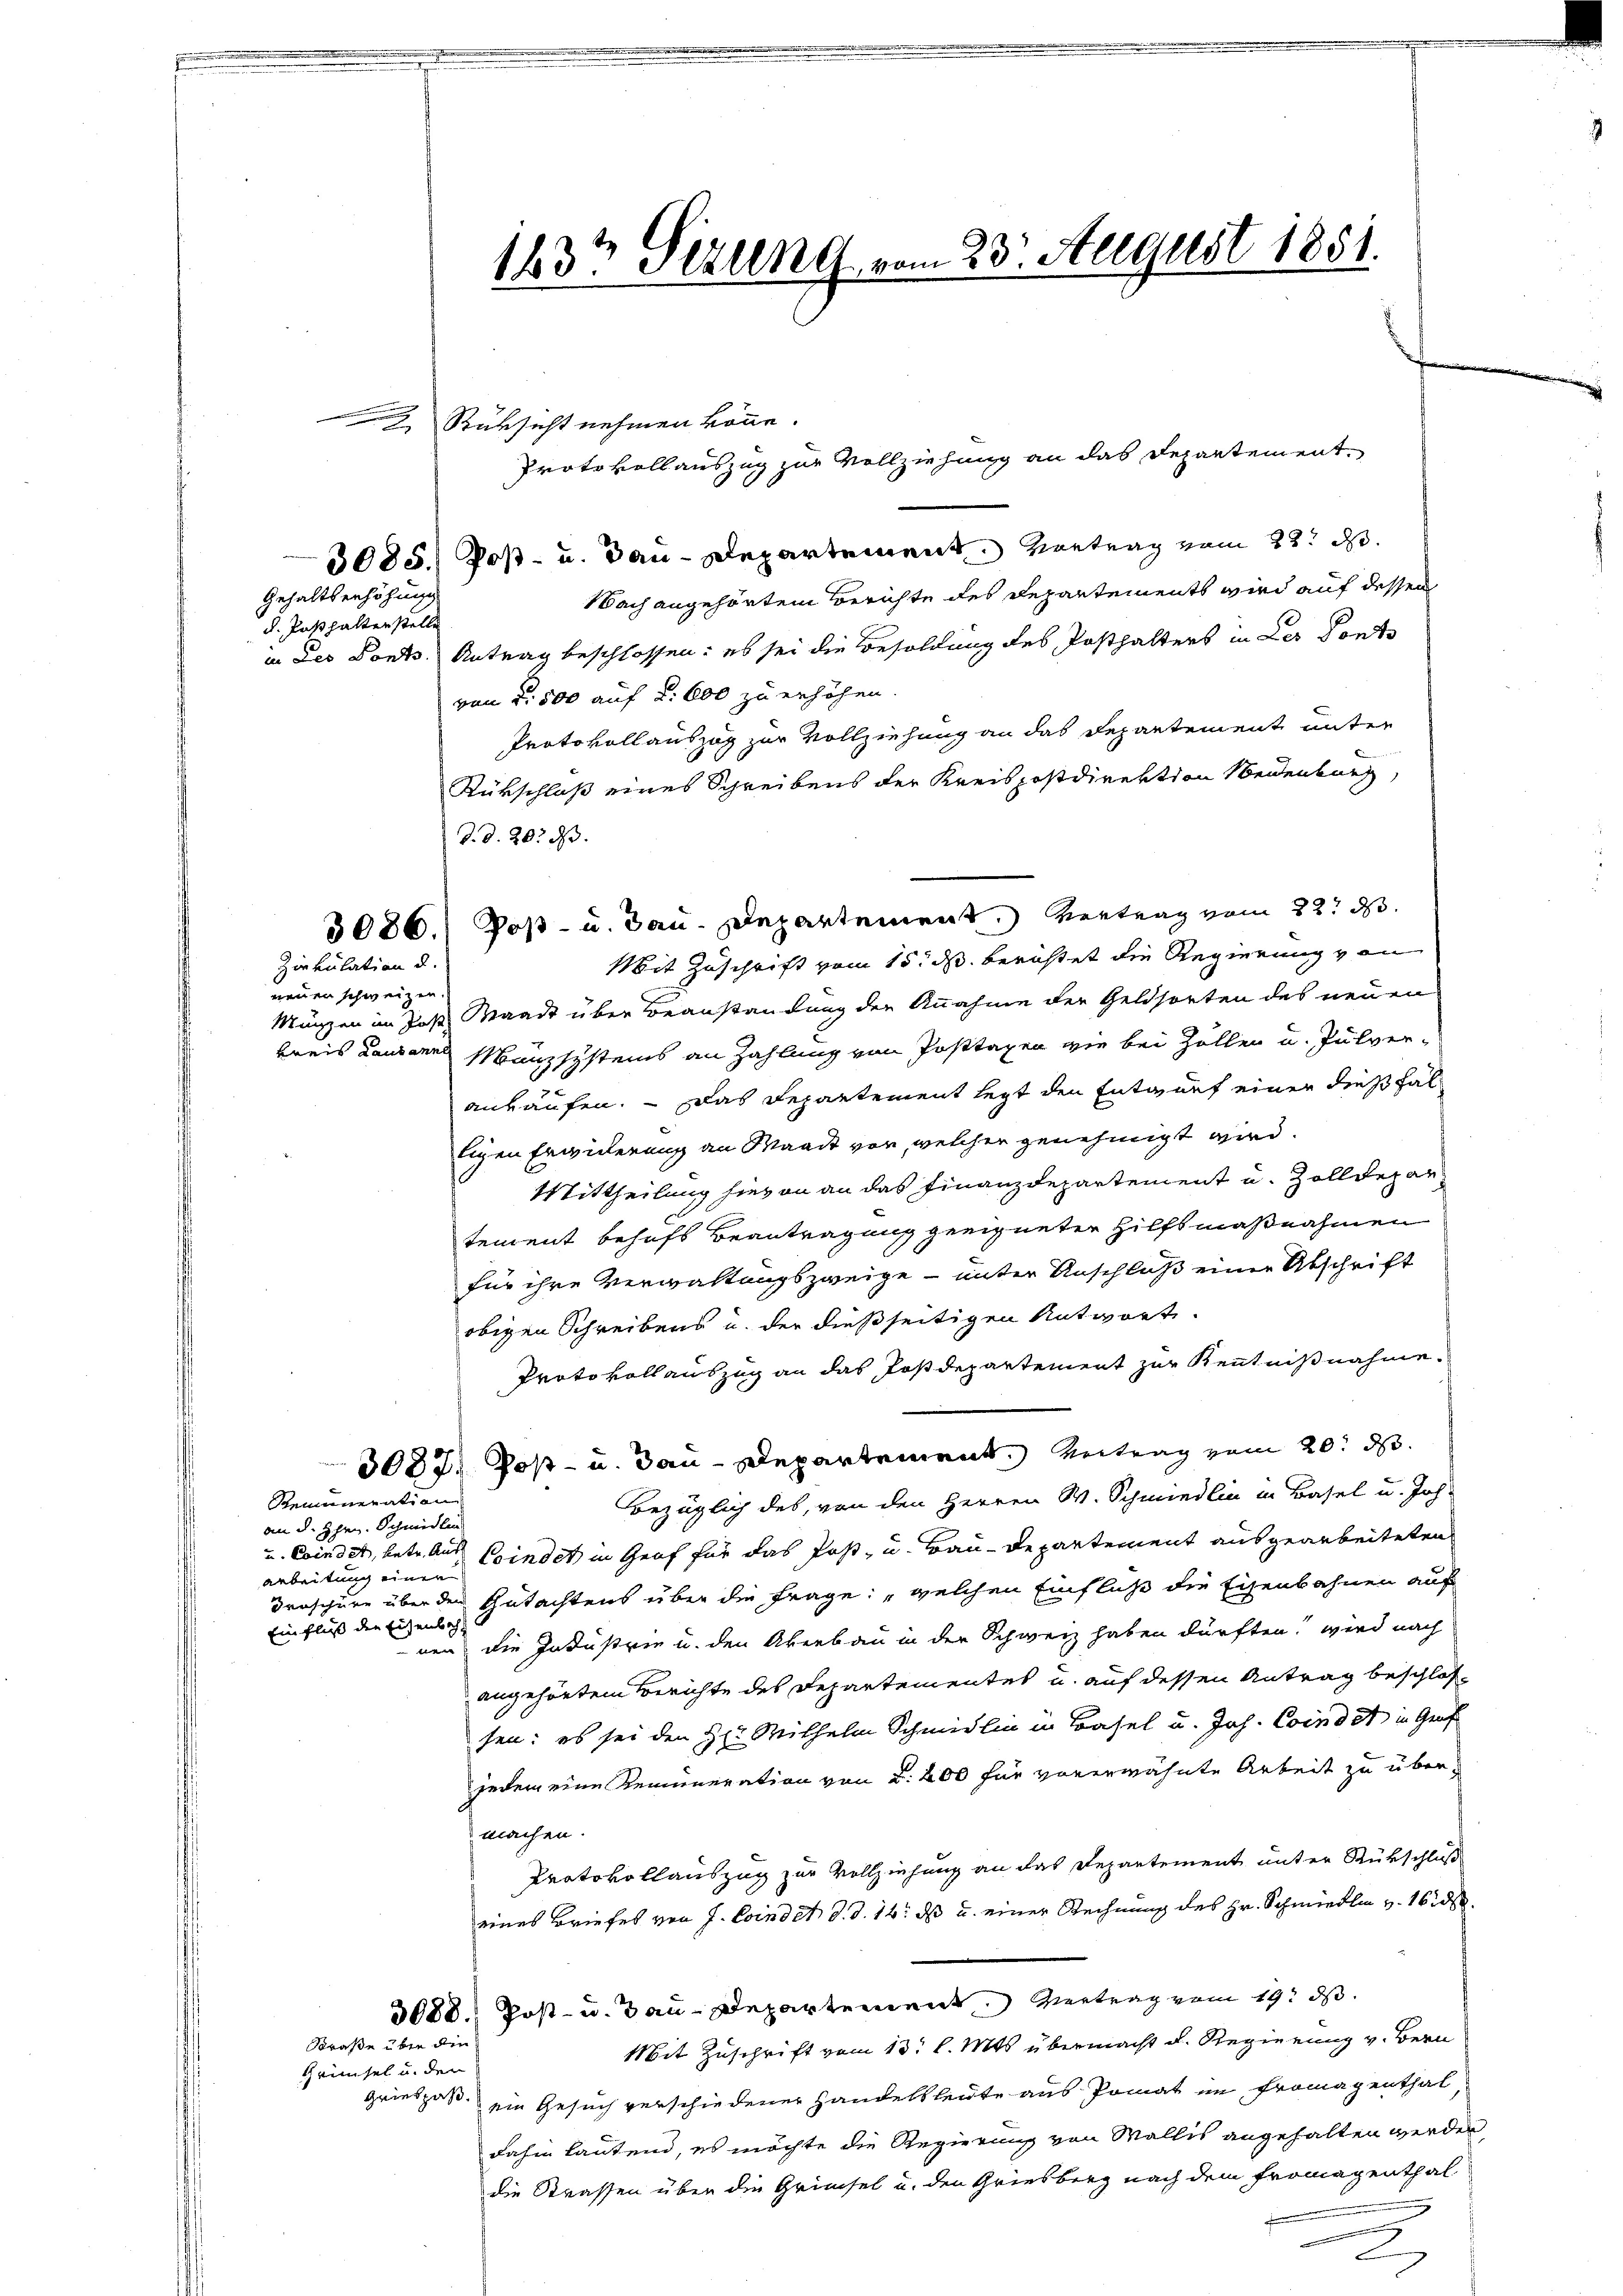
Gehaltserhöhung
d. Posthalterstelle

nenen schweizen.

Zirkulation u.

Straße über den
Grünsel u. den
Griespas.

Remuneration
an d. Hrn. Schmidlin
arbeitung einer
Einfluß die Eisenbach,

d. d. 20. d.

Rüksicht nehmen könne.
3085. Post- u. Bau-Departement. Vortrag vom 22. d.
Nach angehörtem Berichte des Departements wird auf dessen
in des Ponts. Antrag beschlossen: es sei die Besoldung des Posthalters in Der Ponts
von 2. 500 auf §. 600 zu erhöhen.
Protokollauszug zur Vollziehung an das Departement unter
Rürschloß eines Schreibens der Kreispostdirektion Seidenburg,
Mit Zuschrift vom 15. ds. berichtet die Regierung von
Münzen im Jos. Waadt über Beanstandung der Annahme der Geldsorten des neuen
kreis Lausanne Manzsystems an Zahlung von Posttagen wie bei Zollen u. Pulver-
ankäufen. - Das Departement legt den Entwurf einer dießfalligen Erwiderung an Waadt vor, welcher genehmigt wird.
Mittheilung hievon an das Finanzdepartement u. Zolldepartement behufs Beantragung geeigneter Hilfsmaßnahmen
für ihre Verwaltungszweige - unter Anschluß einer Abschrift
obigen Schreibens u. der dießseitigen Antwort.
Protokollauszug an das Postdepartement zur Kenntnißnahme
3087. Post- u. Bau-Departement. Antrag vom 20. ds.
Bezüglich des, von den Herren W. Schmiedlin in Basel u. Joh.
u. Eindet, betr. Aus Bindet in Graf für das Post- u. Bau-Departement ausgearbeiteten
Iroschüre über der Gutachtens über die Frage: „welchen Einfluß die Eisenbahnen auf
nen, die Industrie u. den Akerbau in der Schweiz haben dürften, wird nach
angehörtem Berichte des Departementes u. auf dessen Antrag beschlossen: es sei den Hr. Mithelm Schmidlin in Basel u. Joh. Condat in Graf
jedem eine Remuneration von 2. 200 für vorerwähnte Arbeit zu übermachen.
Protokollauszug zur Vollziehung an das Departement unter Rückschluß
eines Briefes von J. Coindet d. d. 14. ds u. einer Rechnung des Hr. Schmiedlen v. 162 d
3088. Post- u. Bau-Departement. Vertrag vom 19. ds.
Mit Zuschrift vom 13. l. Mts. übermacht d. Regierung v. Bern
ein Gesuch verschiedener Handelsleute aus Pomat im Fromagenthal,
dahin lautend, es möchte die Regierung von Wallis angehalten werden,
die Strassen über die Grüsel u. den Griesberg nach dem Fromagenthal

123t Sezung vom 23. August 1851.

3086.) Post- u. Bau-Departement. Vertrag vom 22. d.

Protokollauszug zur Vollziehung an das Departement,